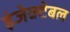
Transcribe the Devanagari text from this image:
इंजेक्टेबल